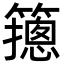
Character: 䉥